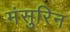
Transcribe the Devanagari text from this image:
मंसुरिन